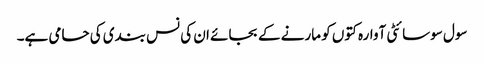
سول سوسائٹی آوارہ کتوں کو مارنے کے بجائے ان کی نس بندی کی حامی ہے۔